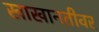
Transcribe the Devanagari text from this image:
खाखानतीवर